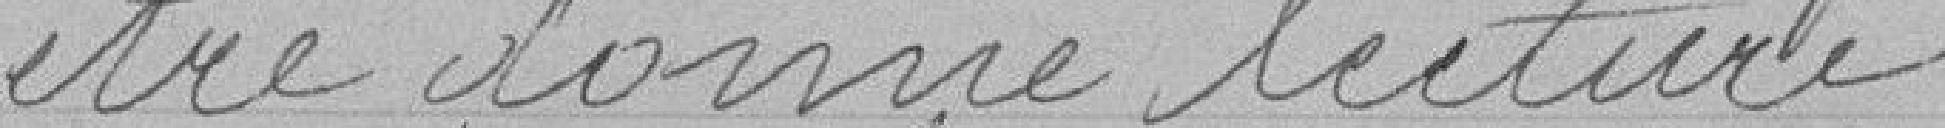
être donné lecture.